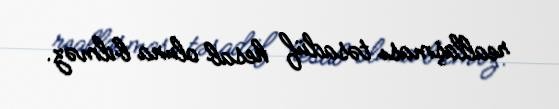
reallaşması təsadüf hesab oluna bilməz.